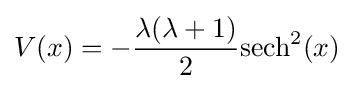
V(x)=-{\frac {\lambda (\lambda +1)}{2}}\mathrm {sech} ^{2}(x)